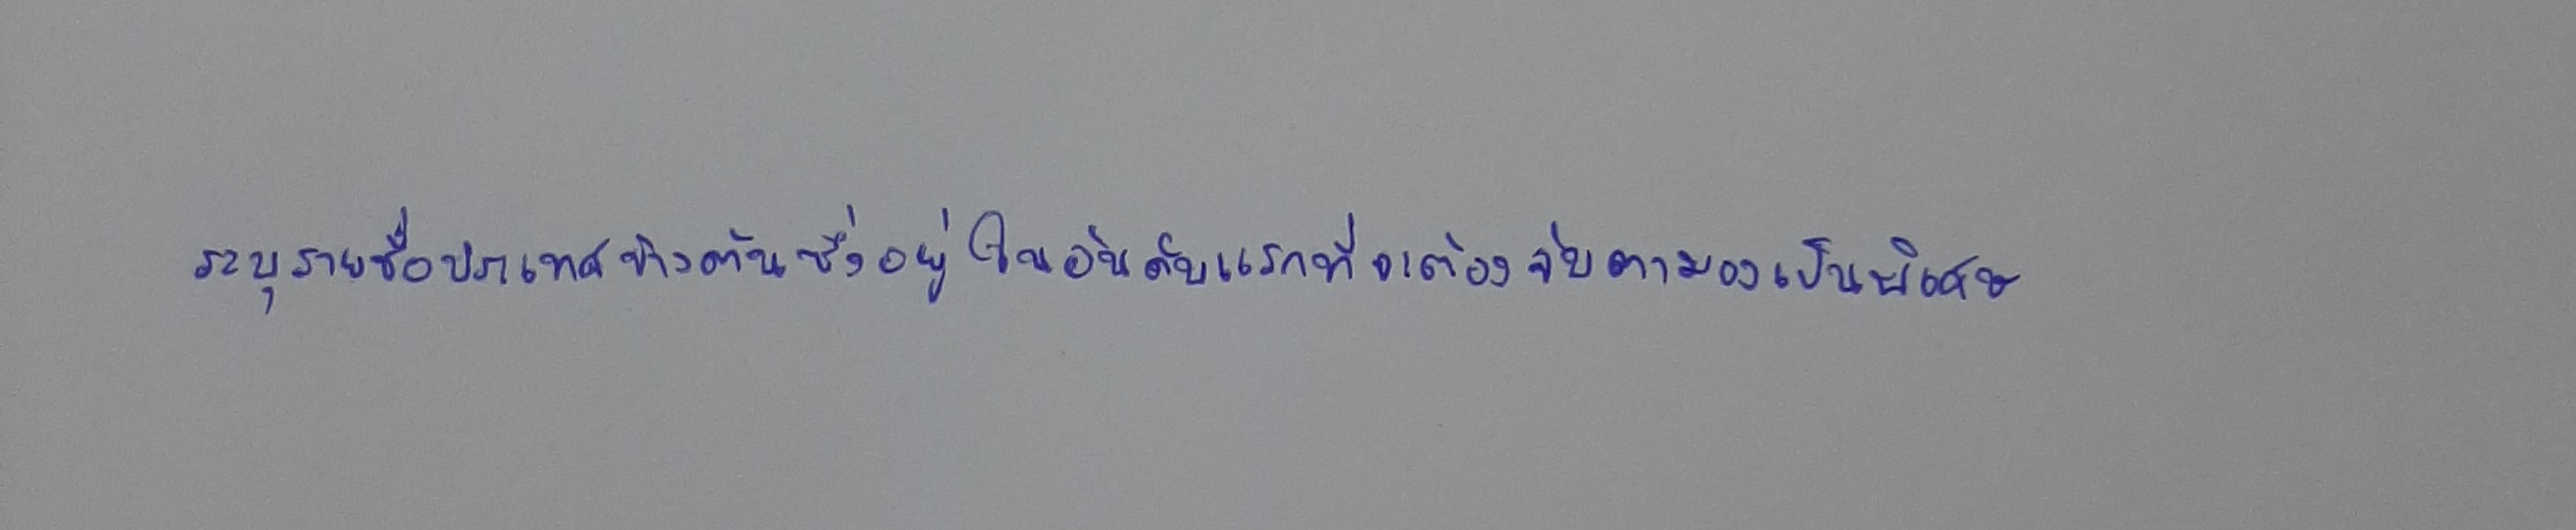
ระบุรายชื่อประเทศข้างต้นซึ่งอยู่ในอันดับแรกที่จะต้องจับตามองเป็นพิเศษ